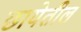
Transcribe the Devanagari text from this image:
छायेतील